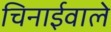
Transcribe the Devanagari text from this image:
चिनाईवाले